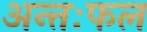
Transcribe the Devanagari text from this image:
अन्तःफल